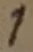
Text: 1